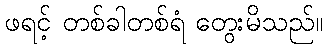
ဖရင့် တစ်ခါတစ်ရံ တွေးမိသည်။